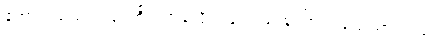
ကောင်းသည့်အလုပ်ကိုလက်ခံလိုက်ခြင်း ဖြစ်ကြောင်း ပြောထားသည်။